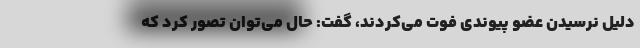
دلیل نرسیدن عضو پیوندی فوت می‌کردند، گفت: حال می‌توان تصور کرد که